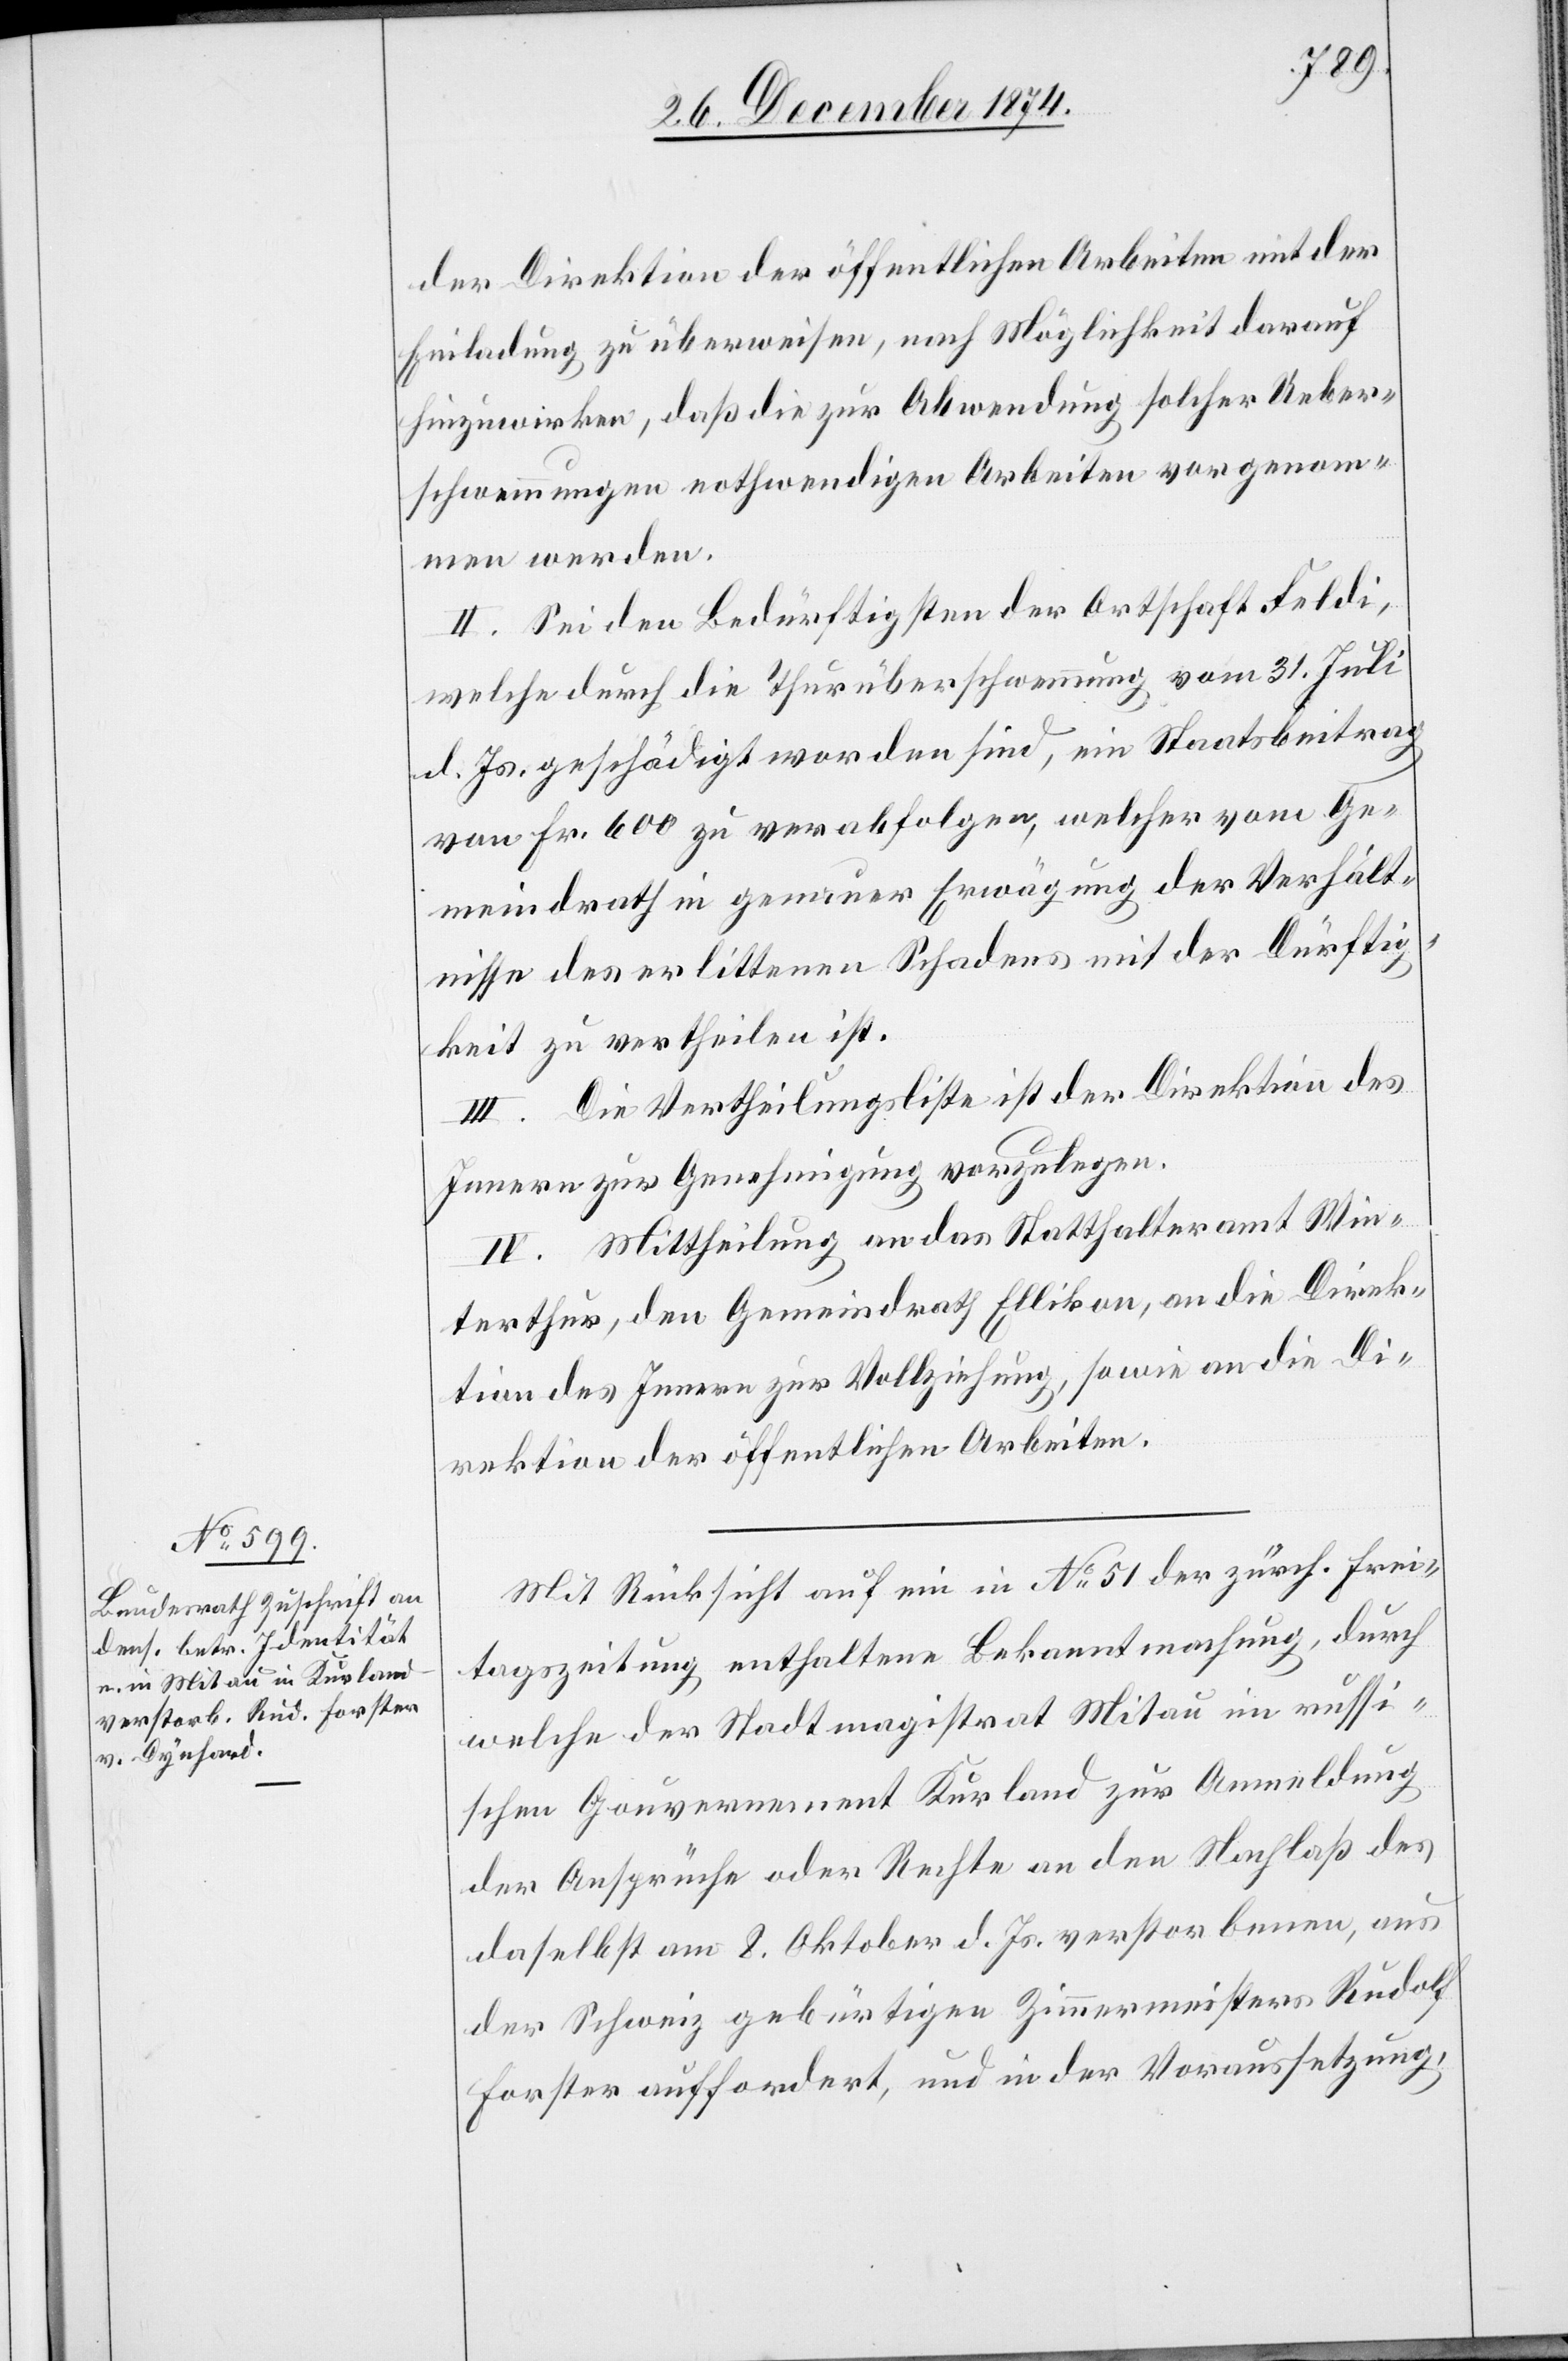
der Direktion der öffentlichen Arbeiten mit der
Einladung zu überweisen, nach Möglichkeit darauf
hinzuwirken, daß die zur Abwendung solcher Ueber¬
schwemmungen nothwendigen Arbeiten vorgenom¬
men werden.
II. Sei den Bedürftigen der Ortschaft Feldi,
welche durch die Thurüberschwemmung vom 31. Juli
d. Js. geschädigt worden sind, ein Staatsbeitrag
von Fr. 600 zu verabfolgen, welcher vom Ge¬
meindrath in genauer Erwägung der Verhält¬
nisse des erlittenen Schadens mit der Dürftig¬
keit zu vertheilen ist.
III. Die Vertheilungsliste ist der Direktion des
Innern zur Genehmigung vorzulegen.
IV. Mittheilung an das Statthalteramt Win¬
terthur, den Gemeindrath Ellikon, an die Direk¬
tion des Innern zur Vollziehung, sowie an die Di¬
rektion der öffentlichen Arbeiten.
Mit Rücksicht auf ein in No 51 der zürch. Frei¬
tagszeitung enthaltene Bekanntmachung, durch
welche der Stadtmagistrat Mitau im russi¬
schen Gouvernement Kurland zur Anmeldung
der Ansprüche oder Rechte an den Nachlaß des
daselbst am 8. Oktober d. Js. verstorbenen, aus
der Schweiz gebürtigen Zimmermeisters Rudolf
Forster auffordert, und in der Voraussetzung,